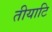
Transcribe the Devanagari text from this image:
तीयाटि